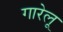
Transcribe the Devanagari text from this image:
गारेलू